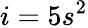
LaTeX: i=5s^{2}